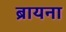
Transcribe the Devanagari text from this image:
ब्रायना